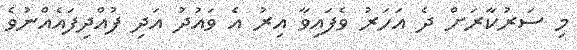
މި ސަރުކާރަށް ދެ އަހަރު ވެފައިވާ އިރު އެ ވައުދު އަދި ފުއްދިފައެއްނުވެ